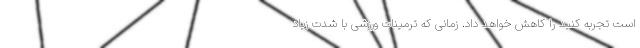
است تجربه کنید را کاهش خواهد داد. زمانی که ترمینات ورزشی با شدت زیاد